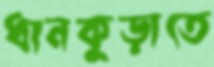
ধানকুড়াতে